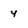
Character: 4